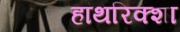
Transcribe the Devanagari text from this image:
हाथरिक्शा